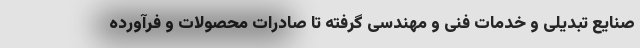
صنایع تبدیلی و خدمات فنی و مهندسی گرفته تا صادرات محصولات و فرآورده